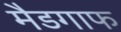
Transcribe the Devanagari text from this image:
मैडगाफ